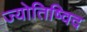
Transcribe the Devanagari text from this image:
ज्योतिष्विद